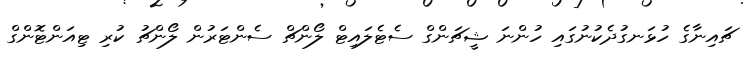
ޗައިނާގެ ހުޅަނގުދެކުނުގައި ހުންނަ ޝީޗަންގް ސެޓެލައިޓް ލޯންޗް ސެންޓަރުން ލޯންޗު ކުރި ޓިއަންޓޮންގް